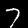
Label: 7